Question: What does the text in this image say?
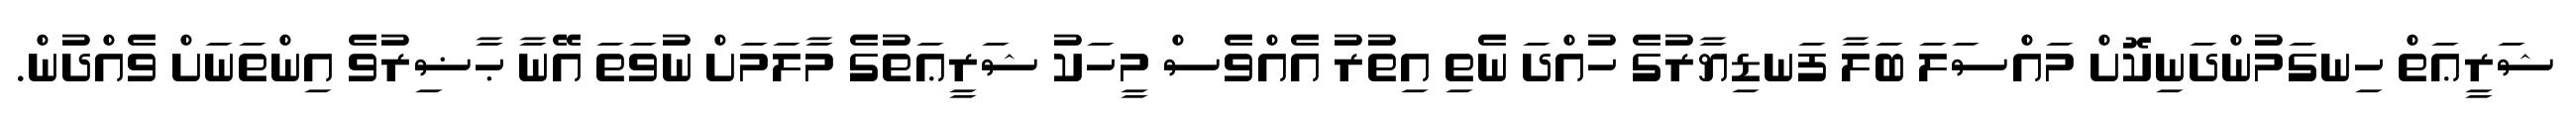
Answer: ޝަރީޢަތް ހިނގަމުންދަނިކޮށް މައްސަލަ ބަލާ ފަނޑިޔާރުގެ ހުއްދަ ނެތި އިތުރު އެއްވެސް މީހަކު ޝަރީޢަތުގެ މާލަމަށް ނުވަތަ އޭނާ ޙާޟިރުވެ އިންތަނަށް ވެއްދުން.